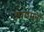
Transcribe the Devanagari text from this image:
उपगमनों